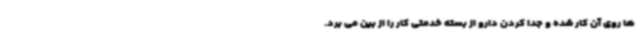
ها روی آن کار شده و جدا کردن دارو از بسته خدمتی کار را از بین می برد.